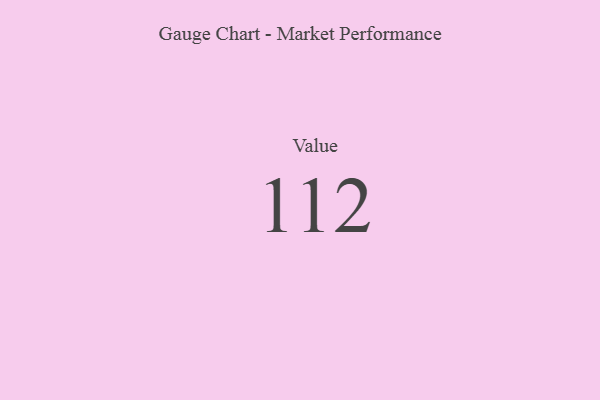
{"axis": {"x": "Metric", "y": "Value"}, "legend": [""], "data": [{"x": "Value", "y": 112, "type": ""}]}